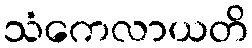
သံကေလာယတိ